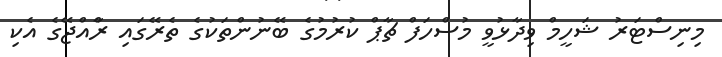
މިނިސްޓަރު ޝަހީމް ވިދާޅުވީ މުސްހަފް ޗާޕް ކުރުމުގެ ބޭނުންތަކުގެ ތެރޭގައި ރާްއްޖޭގެ އެކި